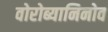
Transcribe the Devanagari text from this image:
वोरोब्यानिनोव